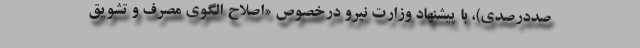
صددرصدی)، با پیشنهاد وزارت نیرو درخصوص «اصلاح الگوی مصرف و تشویق